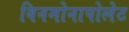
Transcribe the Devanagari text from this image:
विनमोनापोलेट